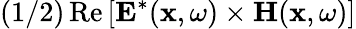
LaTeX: (1/2)\operatorname{Re}\left[\mathbf{E}^{*}(\mathbf{x},\omega)\times\mathbf{H}(\mathbf{x},\omega)\right]